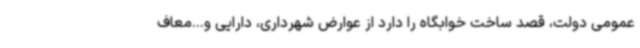
عمومی دولت، قصد ساخت خوابگاه را دارد از عوارض شهرداری، دارایی و...معاف